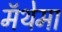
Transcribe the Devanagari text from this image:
मॅथेमा